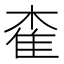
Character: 㮅